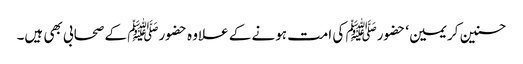
حسنین کریمین‘ حضورﷺ کی امت ہونے کے علاوہ حضورﷺ کے صحابی بھی ہیں۔